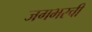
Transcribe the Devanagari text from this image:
जगभरची